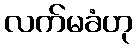
လက်မခံဟု